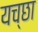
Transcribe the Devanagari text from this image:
यच्छा